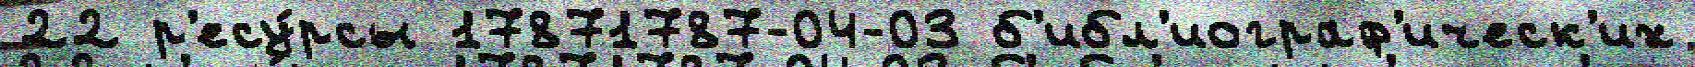
22 р'есу́рсы 17871787-04-03 б'ибл'иограф'ическ'их